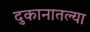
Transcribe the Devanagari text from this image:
दुकानातल्या